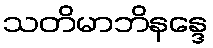
သတိမာဘိနန္ဒေ